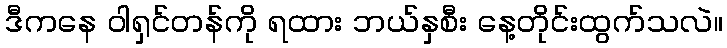
ဒီကနေ ဝါရှင်တန်ကို ရထား ဘယ်နှစီး နေ့တိုင်းထွက်သလဲ။